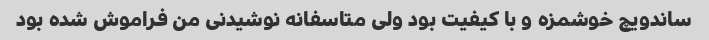
ساندویچ خوشمزه و با کیفیت بود ولی متاسفانه نوشیدنی من فراموش شده بود